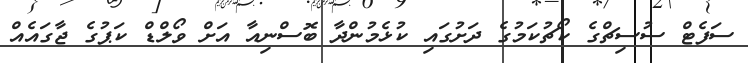
ސަފެޓް ސުސިޗްގެ ކޯޗުކަމުގެ ދަށުގައި ކުޅެމުންދާ ބޮސްނިއާ އަށް ވޯލްޑް ކަޕުގެ ޖާގައެއް